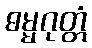
ဓမ္မဂုတ္တံ